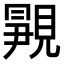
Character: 𬡿